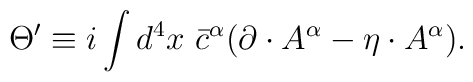
\Theta^\prime\equiv i\int d^4x\ {\bar c}^\alpha(\partial\cdot A^\alpha-\eta\cdot A^\alpha).